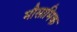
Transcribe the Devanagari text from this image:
मौसामिक